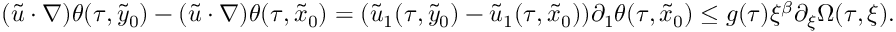
( \widetilde u \cdot \nabla ) \theta ( \tau , \tilde { y } _ { 0 } ) - ( \widetilde u \cdot \nabla ) \theta ( \tau , \tilde { x } _ { 0 } ) = ( \widetilde u _ { 1 } ( \tau , \tilde { y } _ { 0 } ) - \widetilde u _ { 1 } ( \tau , \tilde { x } _ { 0 } ) ) \partial _ { 1 } \theta ( \tau , \tilde { x } _ { 0 } ) \leq g ( \tau ) \xi ^ { \beta } \partial _ { \xi } \Omega ( \tau , \xi ) .